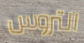
التروس